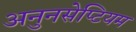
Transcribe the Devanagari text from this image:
अनुनसेप्टियम